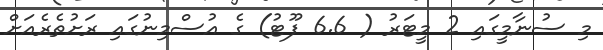
މި ސުނާމީގައި 2 މީޓަރު ( 6.6 ފޫޓު) ގެ އުސްމިނުގައި ރަށުތެރެއަށް